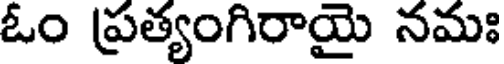
ఓం ప్రత్యంగిరాయై నమః